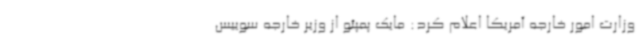
وزارت امور خارجه آمریکا اعلام کرد: مایک پمپئو از وزیر خارجه سوییس